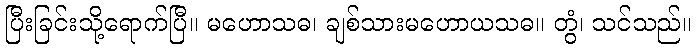
ပြီးခြင်းသို့ရောက်ပြီ။ မဟောသဓ၊ ချစ်သားမဟောယသဓ။ တွံ၊ သင်သည်။